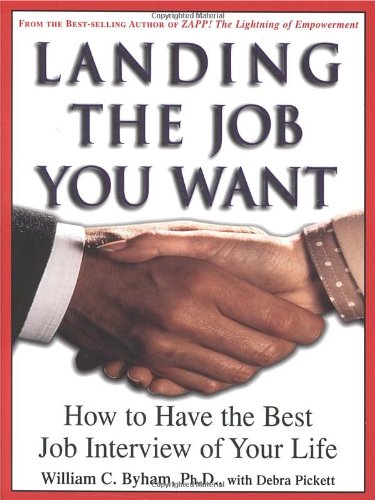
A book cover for Landing the Job You Want: How to Have the Best Job Interview of Your Life; William Byham; Business & Money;